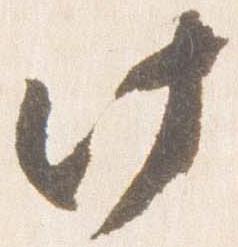
此